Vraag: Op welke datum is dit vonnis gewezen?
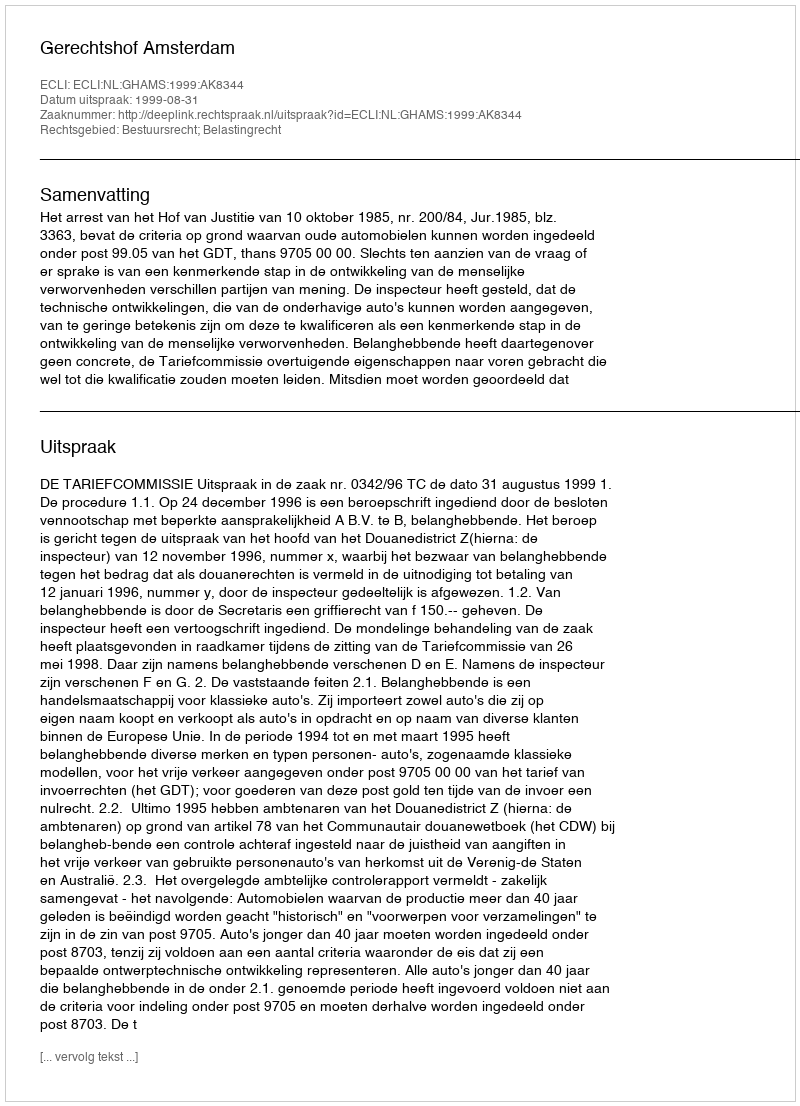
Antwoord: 1999-08-31